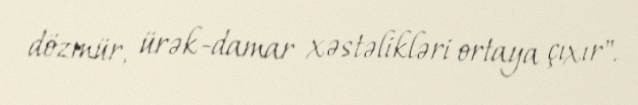
dözmür, ürək-damar xəstəlikləri ortaya çıxır".